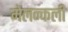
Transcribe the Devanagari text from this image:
मेलन्कली